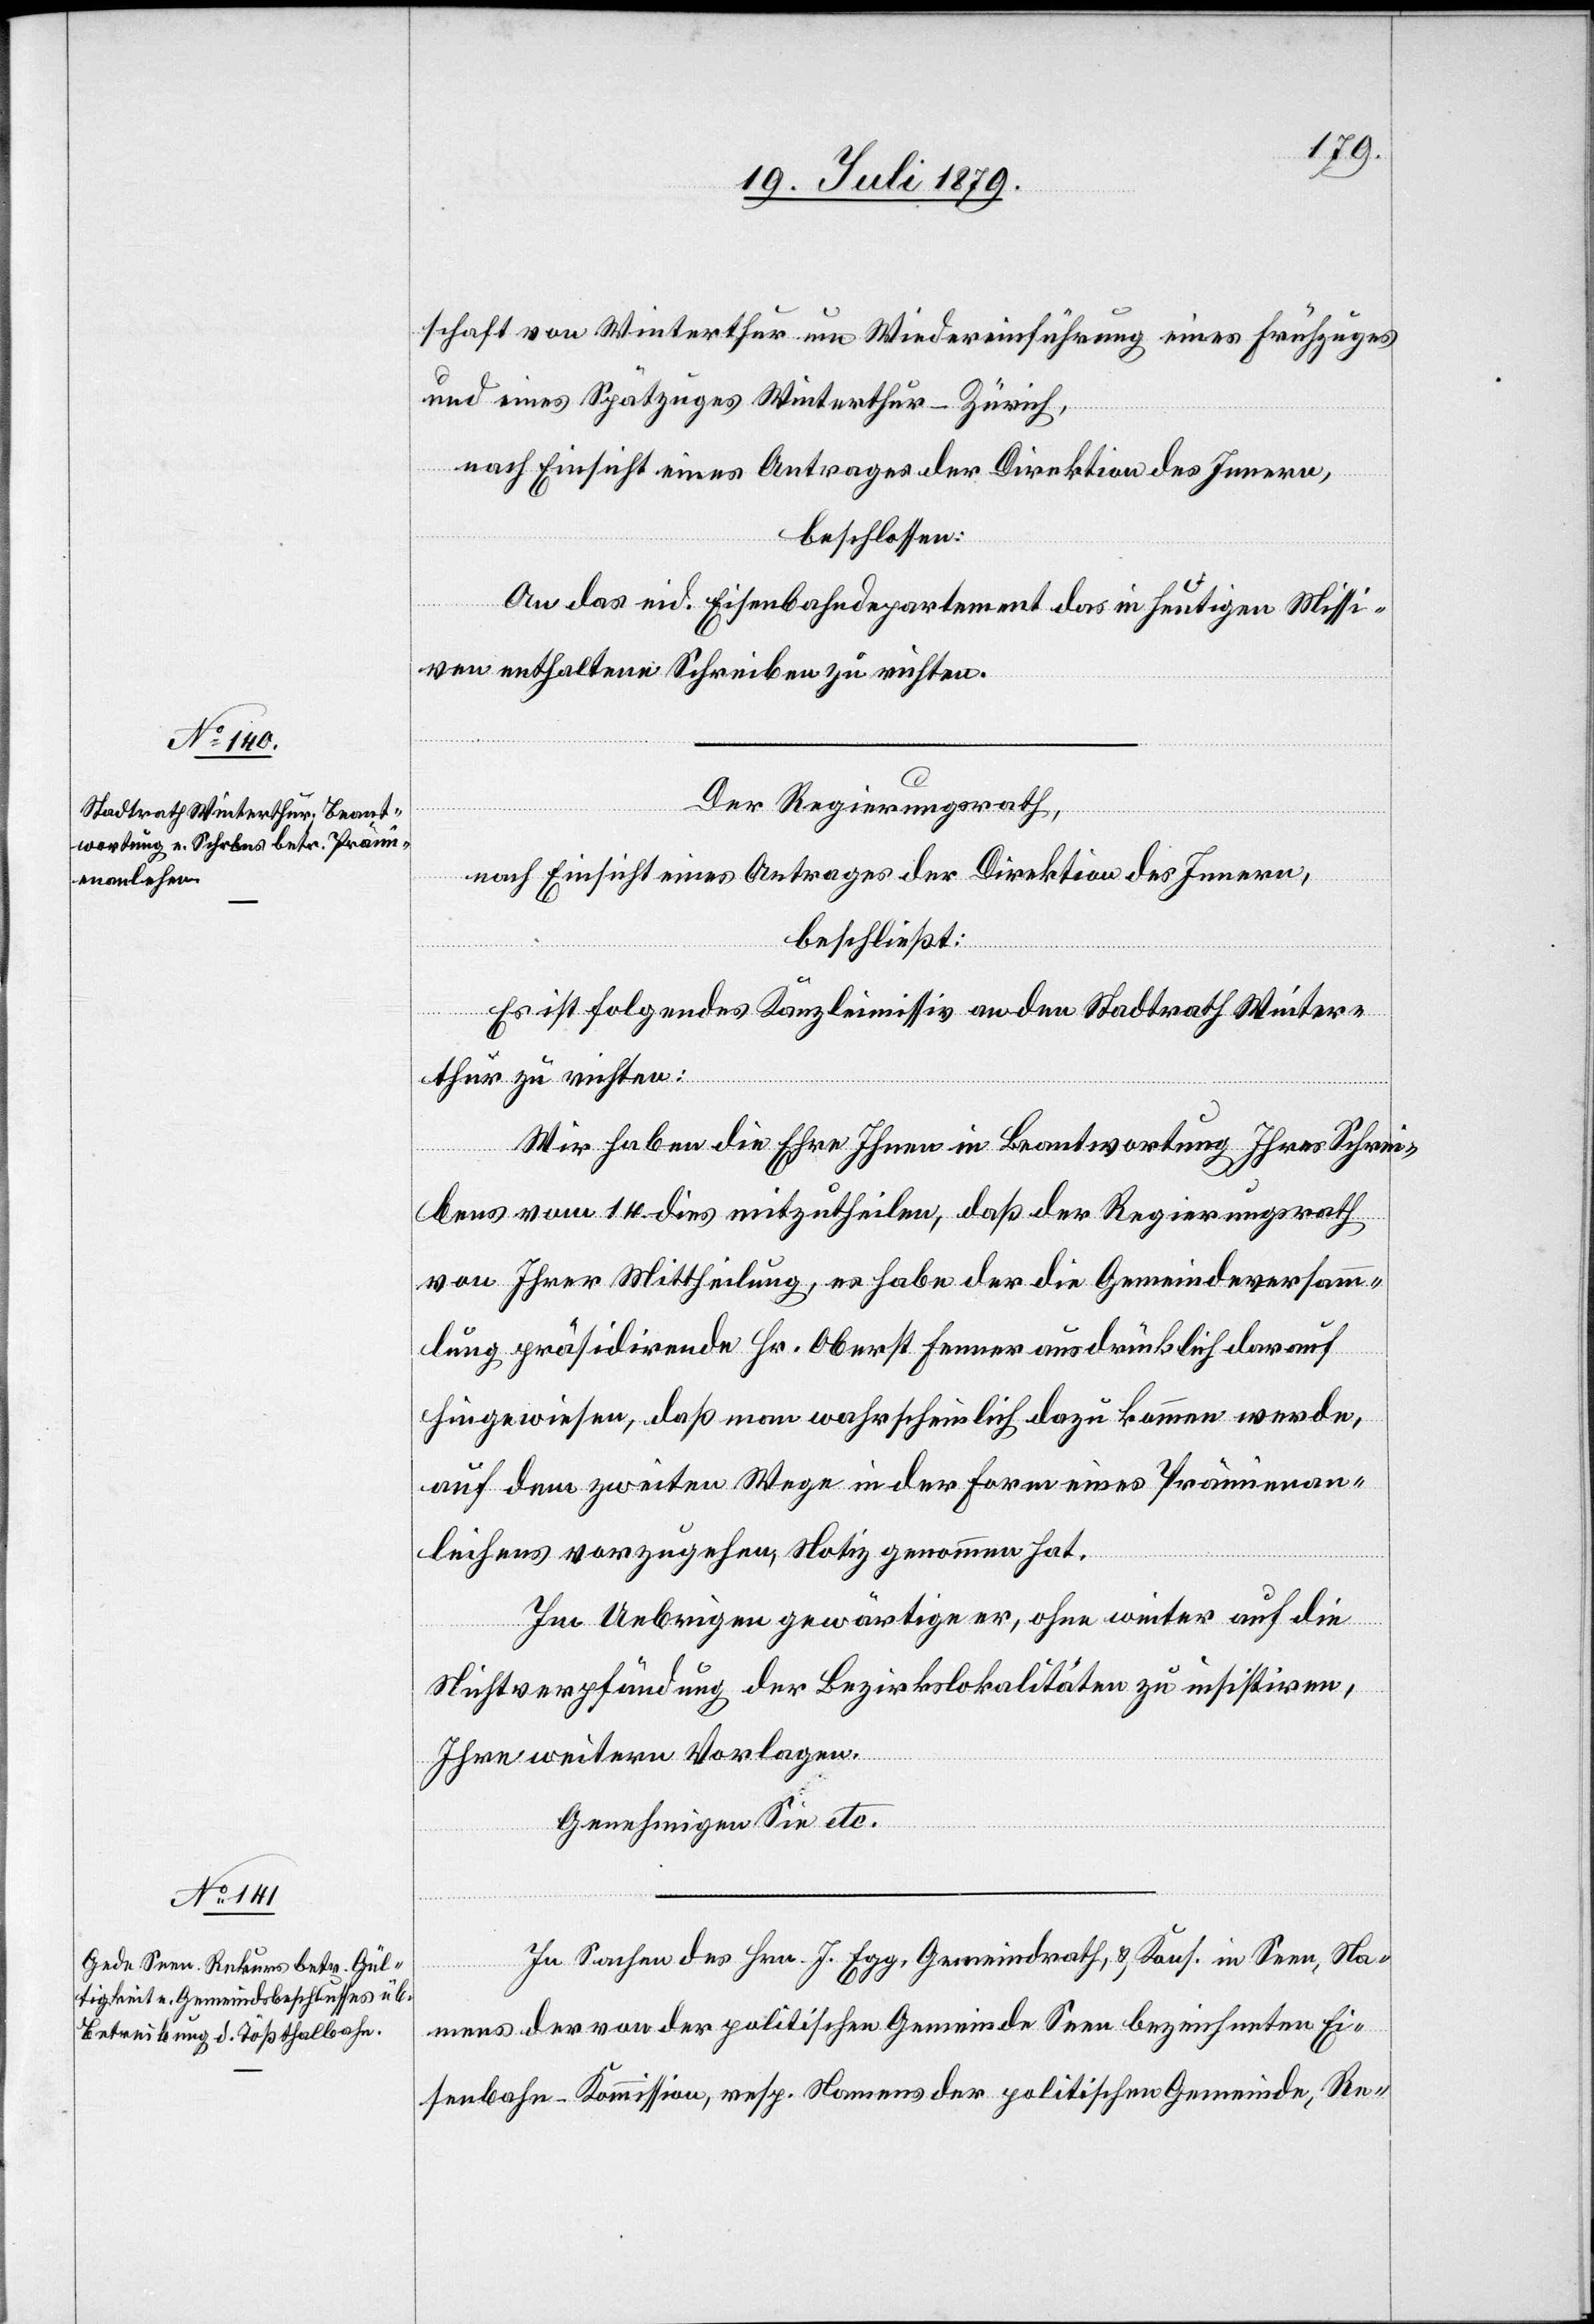
schaft von Winterthur um Wiedereinführung eines Frühzuges
und eines Spätzuges Winterthur–Zürich,
nach Einsicht eines Antrages der Direktion des Innern,
beschlossen:
An das eid. Eisenbahndepartement das in heutigen Missi¬
ven enthaltene Schreiben zu richten.
Der Regierungsrath,
nach Einsicht eines Antrages der Direktion des Innern,
beschließt:
Es ist folgendes Kanzleimissiv an den Stadtrath Winter¬
thur zu richten:
Wir haben die Ehre Ihnen in Beantwortung Ihres Schrei¬
bens vom 14. dies mitzutheilen, daß der Regierungsrath
von Ihrer Mittheilung, es habe der die Gemeindeversamm¬
lung präsidirende Hr. Oberst Fenner ausdrücklich darauf
hingewiesen, daß man wahrscheinlich dazu kommen werde,
auf dem zweiten Wege in der Form eines Prämienan¬
leihens vorzugehen, Notiz genommen hat.
Im Uebrigen gewärtige er, ohne weiter auf die
Nichtverpfändung der Bezirkslokalitäten zu insistiren,
Ihre weitern Vorlagen.
Genehmigen Sie etc.
In Sachen des Hrn. J. Egg, Gemeindrath, & Kons. in Seen, Na¬
mens der von der politischen Gemeinde Seen bezeichneten Ei¬
senbahn-Kommission, resp. Namens der politischen Gemeinde, Re-